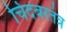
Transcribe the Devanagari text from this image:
चिदंबरतंत्र